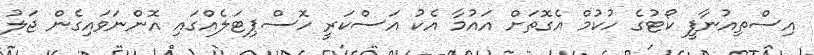
އިސްތިއުނާފީ ކޯޓުގެ ހުކުމް އެގޮތަށް އައުމާ އެކު އަސްކަރީ ހޮސްޕިޓަލެއްގައި އޮންނަވައިގެން ޖަލު